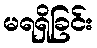
မရရှိခြင်း